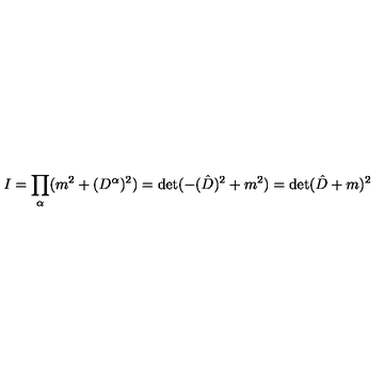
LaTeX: I = \prod _ { \alpha } ( m ^ { 2 } + ( D ^ { \alpha } ) ^ { 2 } ) = \det ( - ( \hat { D } ) ^ { 2 } + m ^ { 2 } ) = \det ( \hat { D } + m ) ^ { 2 }